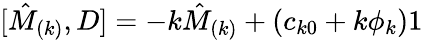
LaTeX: \lbrack\hat{M}_{(k)},D]=-k\hat{M}_{(k)}+(c_{k0}+k\phi_{k})1